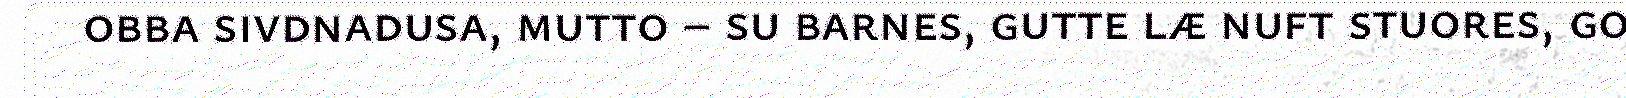
obba sivdnadusa, mutto – su barnes, gutte læ nuft stuores, go